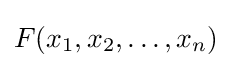
F(x_{1},x_{2},\ldots ,x_{n})